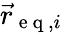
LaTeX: \vec{r}_{\mathrm{~e~q~},i}